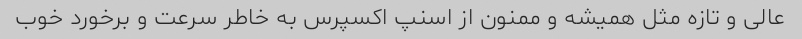
عالی و تازه مثل همیشه و ممنون از اسنپ اکسپرس به خاطر سرعت و برخورد خوب